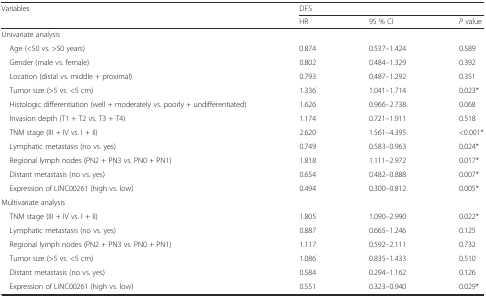
| Variables | <COLSPAN=3> DFS |
 |  | HR | 95 % CI | P value |
 | --- | --- | --- | --- |
 | Univariate analysis |  |  |  |
 | Age (<50 vs. >50 years) | 0.874 | 0.537–1.424 | 0.589 |
 | Gender (male vs. female) | 0.802 | 0.484–1.329 | 0.392 |
 | Location (distal vs. middle + proximal) | 0.793 | 0.487–1.292 | 0.351 |
 | Tumor size (>5 vs. <5 cm) | 1.336 | 1.041–1.714 | 0.023* |
 | Histologic differentiation (well + moderately vs. poorly + undifferentiated) | 1.626 | 0.966–2.738 | 0.068 |
 | Invasion depth (T1 + T2 vs. T3 + T4) | 1.174 | 0.721–1.911 | 0.518 |
 | TNM stage (III + IV vs. I + II) | 2.620 | 1.561–4.395 | <0.001* |
 | Lymphatic metastasis (no vs. yes) | 0.749 | 0.583–0.963 | 0.024* |
 | Regional lymph nodes (PN2 + PN3 vs. PN0 + PN1) | 1.818 | 1.111–2.972 | 0.017* |
 | Distant metastasis (no vs. yes) | 0.654 | 0.482–0.888 | 0.007* |
 | Expression of LINC00261 (high vs. low) | 0.494 | 0.300–0.812 | 0.005* |
 | Multivariate analysis |  |  |  |
 | TNM stage (III + IV vs. I + II) | 1.805 | 1.090–2.990 | 0.022* |
 | Lymphatic metastasis (no vs. yes) | 0.887 | 0.665–1.246 | 0.125 |
 | Regional lymph nodes (PN2 + PN3 vs. PN0 + PN1) | 1.117 | 0.592–2.111 | 0.732 |
 | Tumor size (>5 vs. <5 cm) | 1.086 | 0.835–1.433 | 0.510 |
 | Distant metastasis (no vs. yes) | 0.584 | 0.294–1.162 | 0.126 |
 | Expression of LINC00261 (high vs. low) | 0.551 | 0.323–0.940 | 0.029* |